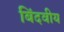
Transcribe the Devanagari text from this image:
बिंदवीय